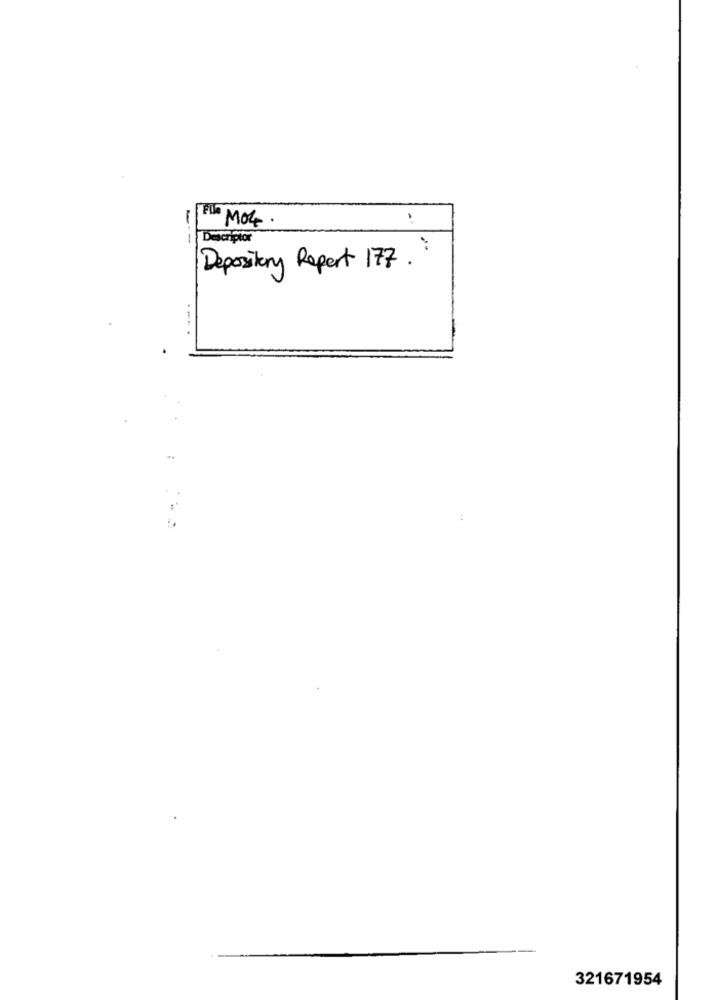
MOG.
A
---
Descriptor
Depository Report 177.
321671954